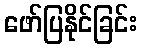
ဖော်ပြနိုင်ခြင်း